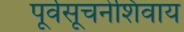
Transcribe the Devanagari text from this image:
पूर्वसूचनेशिवाय